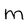
Character: M